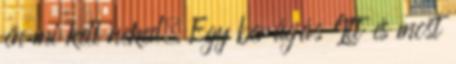
én mi kell neked. Egy berúgás Itt és most